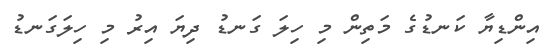
އިންޑިޔާ ކަނޑުގެ މަތިން މި ހިލަ ގަނޑު ދިޔަ އިރު މި ހިލަގަނޑު